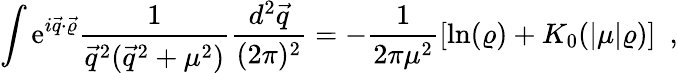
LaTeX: \int\mathrm{e}^{i\vec{{q}}\cdot\vec{{\varrho}}}\frac{{1}}{{\vec{{q}}^{2}(\vec{{q}}^{2}+\mu^{2})}}\frac{{d^{2}\vec{{q}}}}{{(2\pi)^{2}}}=-\frac{{1}}{{2\pi\mu^{2}}}\left[\ln(\varrho)+K_{0}(|\mu|\varrho)\right]~~,